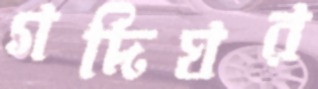
গদিঘর